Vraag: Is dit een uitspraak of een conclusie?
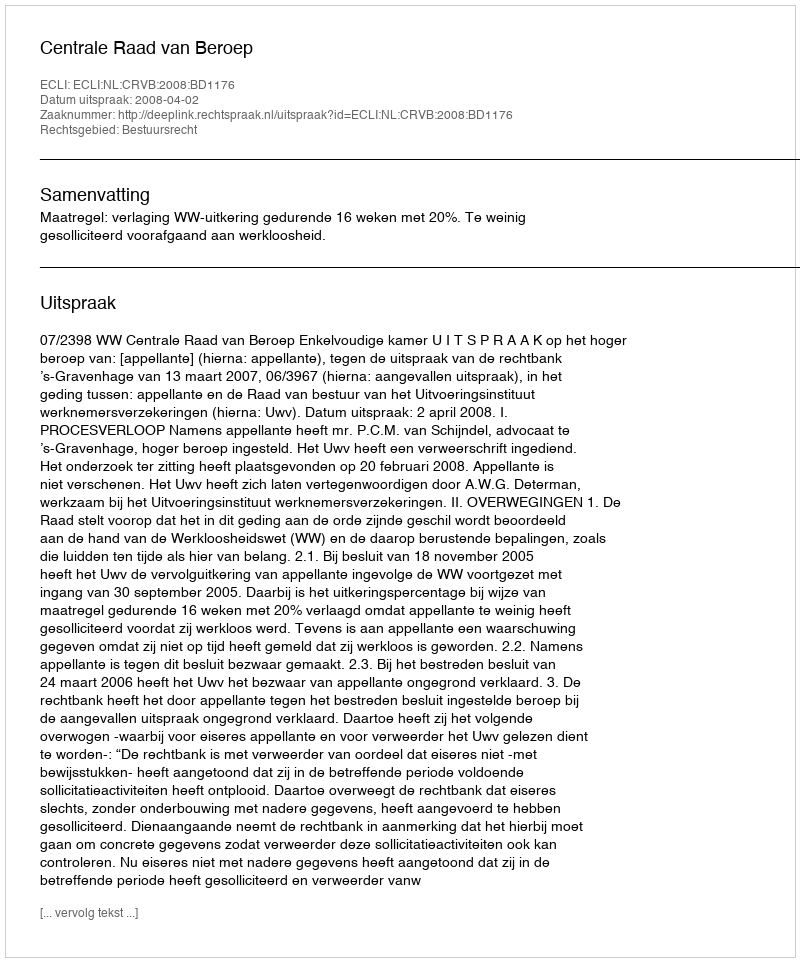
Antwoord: Uitspraak